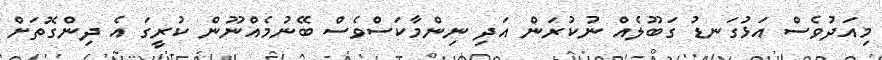
މިއަދުވެސް އަޅުގަނޑު ގަބޫލެއް ނުކުރަން އަދި ނިންމާކަސްވެސް ބޭނުމެއްނޫން ކުރީގަ އެ ދިންގޮތަށް